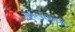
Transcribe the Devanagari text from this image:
वितरणांअम्ध्ये